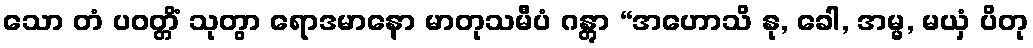
သော တံ ပဝတ္တိံ သုတွာ ရောဒမာနော မာတုသမီပံ ဂန္တွာ “အဟောသိ နု, ခေါ, အမ္မ, မယှံ ပိတု